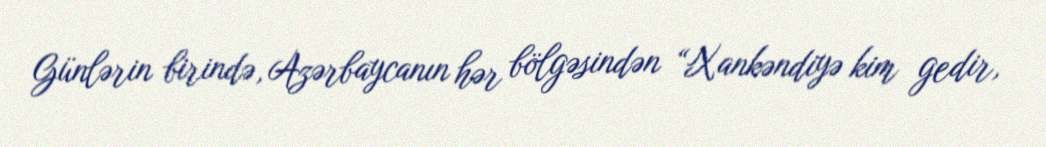
Günlərin birində, Azərbaycanın hər bölgəsindən “Xankəndiyə kim gedir,